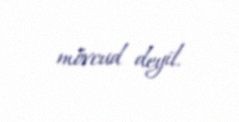
mövcud deyil.